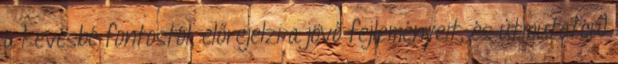
a kevésbé fontostól, előrejelzi a jövő fejleményeit, és útmutatóul